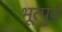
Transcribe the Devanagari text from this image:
भूत्पुर्व